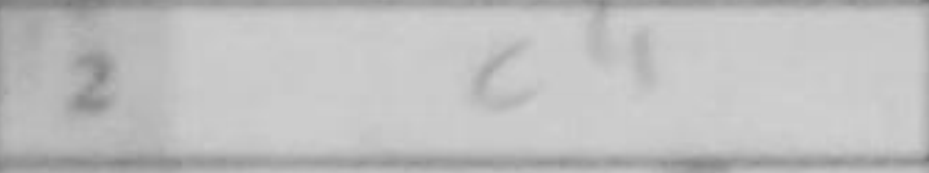
Transcription: c4